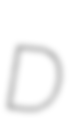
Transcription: D